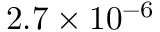
2 . 7 \times 1 0 ^ { - 6 }